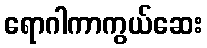
ရောဂါကာကွယ်ဆေး